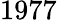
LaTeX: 1977